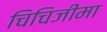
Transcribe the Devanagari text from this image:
चिचिजीमा